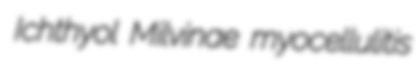
Ichthyol Milvinae myocellulitis